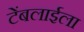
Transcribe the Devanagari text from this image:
टेंबलाईला